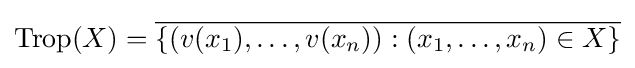
\operatorname {Trop} (X)={\overline {\{(v(x_{1}),\ldots ,v(x_{n})):(x_{1},\ldots ,x_{n})\in X\}}}